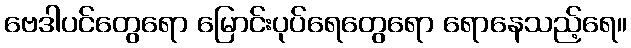
ဗေဒါပင်တွေရော မြောင်းပုပ်ရေတွေရော ရောနေသည့်ရေ။